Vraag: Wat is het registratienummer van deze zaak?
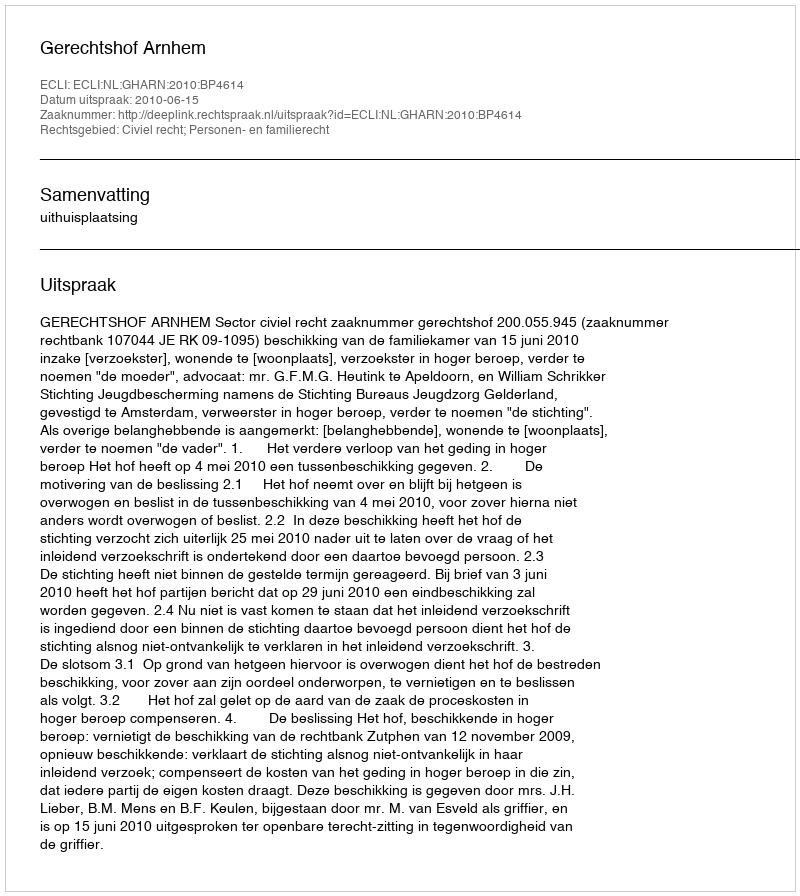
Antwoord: http://deeplink.rechtspraak.nl/uitspraak?id=ECLI:NL:GHARN:2010:BP4614